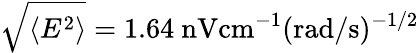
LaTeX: \sqrt{\langle E^{2}\rangle}=1.64\ \mathrm{nV}\mathrm{cm}^{-1}(\mathrm{rad}/\mathrm{s})^{-1/2}